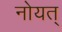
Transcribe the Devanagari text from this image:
नोयत्